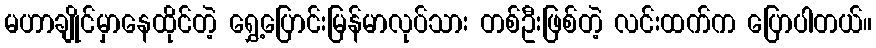
မဟာချိုင်မှာနေထိုင်တဲ့ ရွှေ့ပြောင်းမြန်မာလုပ်သား တစ်ဦးဖြစ်တဲ့ လင်းထက်က ပြောပါတယ်။